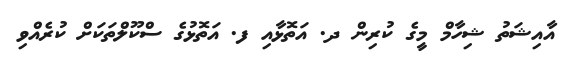
އާއިޝަތު ޝިހާމް މީގެ ކުރިން ދ. އަތޮޅާއި ފ. އަތޮޅުގެ ސްކޫލްތަކަށް ކުރެއްވި